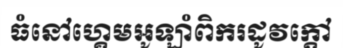
ធំនៅហ្គេមអូឡាំពិករដូវក្តៅ